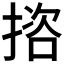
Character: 𢱆